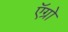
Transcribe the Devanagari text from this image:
ऍग्रो